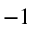
^ { - 1 }